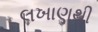
લખાણથી